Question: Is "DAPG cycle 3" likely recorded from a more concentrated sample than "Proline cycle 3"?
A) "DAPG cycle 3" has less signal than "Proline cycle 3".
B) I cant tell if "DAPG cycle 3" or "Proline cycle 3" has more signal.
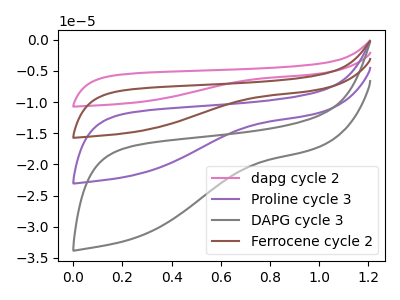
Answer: <think>The pink curve "dapg cycle 2" has no peaks. The purple curve "Proline cycle 3" has no peaks. The gray curve "DAPG cycle 3" has no peaks. The brown curve "Ferrocene cycle 2" has no peaks.
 Neither "DAPG cycle 3" or "Proline cycle 3" have any peaks.</think>
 <answer>B) I cant tell if "DAPG cycle 3" or "Proline cycle 3" has more signal.</answer>
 <eval>B</eval>